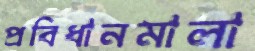
প্রবিধানমালা